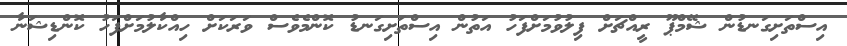
އިސްތަށިގަނޑުން ޝޭމްޕޫ ރީއްޗަށް ފިލުވުމަށްފަހު އަތުން އިސްތަށިގަނޑު ކޮންމެވެސް ވަރަކަށް ހިއްކާލުމަށްފަހު ކޮންޑިޝަނާ